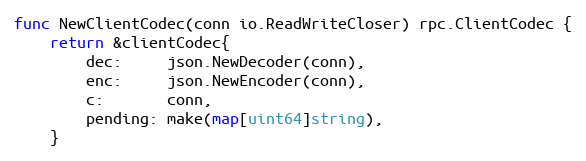
Language: Go
func NewClientCodec(conn io.ReadWriteCloser) rpc.ClientCodec {
	return &clientCodec{
		dec:     json.NewDecoder(conn),
		enc:     json.NewEncoder(conn),
		c:       conn,
		pending: make(map[uint64]string),
	}